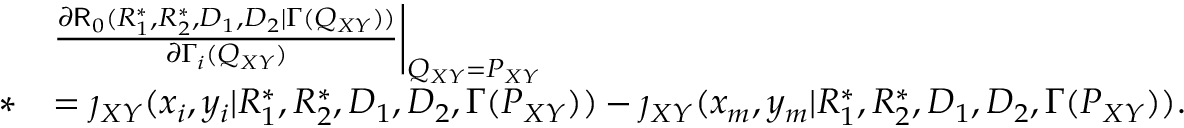
\begin{array} { r l } & { \frac { \partial \mathsf { R } _ { 0 } ( R _ { 1 } ^ { * } , R _ { 2 } ^ { * } , D _ { 1 } , D _ { 2 } | \Gamma ( Q _ { X Y } ) ) } { \partial \Gamma _ { i } ( Q _ { X Y } ) } \bigg | _ { Q _ { X Y } = P _ { X Y } } } \\ { * } & { = \jmath _ { X Y } ( x _ { i } , y _ { i } | R _ { 1 } ^ { * } , R _ { 2 } ^ { * } , D _ { 1 } , D _ { 2 } , \Gamma ( P _ { X Y } ) ) - \jmath _ { X Y } ( x _ { m } , y _ { m } | R _ { 1 } ^ { * } , R _ { 2 } ^ { * } , D _ { 1 } , D _ { 2 } , \Gamma ( P _ { X Y } ) ) . } \end{array}